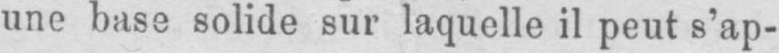
une base solide sur laquelle il peut s’ap-